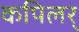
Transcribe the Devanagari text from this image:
कपिलर्